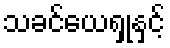
သခင်ယေရှုနှင့်